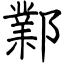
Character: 鄴